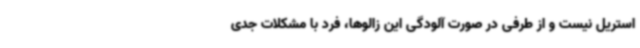
استریل نیست و از طرفی در صورت آلودگی این زالوها، فرد با مشکلات جدی